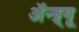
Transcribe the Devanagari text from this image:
अॅन्ड्र्यू